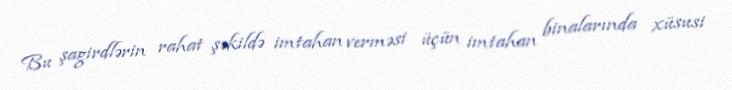
Bu şagirdlərin rahat şəkildə imtahan verməsi üçün imtahan binalarında xüsusi